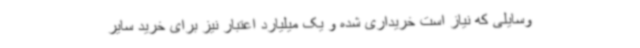
وسایلی که نیاز است خریداری شده و یک میلیارد اعتبار نیز برای خرید سایر